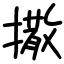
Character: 撒